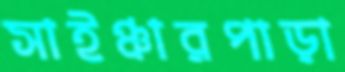
সাইঞ্চারপাড়া